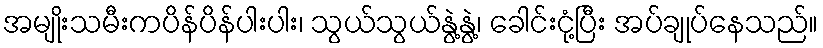
အမျိုးသမီးကပိန်ပိန်ပါးပါး၊ သွယ်သွယ်နွဲ့နွဲ့၊ ခေါင်းငုံ့ပြီး အပ်ချုပ်နေသည်။